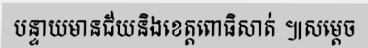
បន្ទាយមានជ័យនិងខេត្តពោធិសាត់ ៕សម្តេច